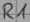
Text: R1